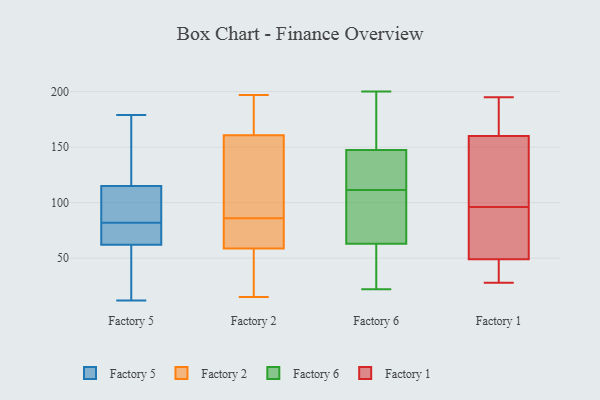
{"axis": {"x": "Production Output", "y": "Value"}, "legend": ["Factory 1", "Factory 2", "Factory 5", "Factory 6"], "data": [{"x": "", "y": 110, "type": "Factory 5"}, {"x": "", "y": 12, "type": "Factory 5"}, {"x": "", "y": 115, "type": "Factory 5"}, {"x": "", "y": 62, "type": "Factory 5"}, {"x": "", "y": 13, "type": "Factory 5"}, {"x": "", "y": 75, "type": "Factory 5"}, {"x": "", "y": 70, "type": "Factory 5"}, {"x": "", "y": 143, "type": "Factory 5"}, {"x": "", "y": 89, "type": "Factory 5"}, {"x": "", "y": 179, "type": "Factory 5"}, {"x": "", "y": 55, "type": "Factory 2"}, {"x": "", "y": 160, "type": "Factory 2"}, {"x": "", "y": 196, "type": "Factory 2"}, {"x": "", "y": 182, "type": "Factory 2"}, {"x": "", "y": 116, "type": "Factory 2"}, {"x": "", "y": 22, "type": "Factory 2"}, {"x": "", "y": 15, "type": "Factory 2"}, {"x": "", "y": 86, "type": "Factory 2"}, {"x": "", "y": 16, "type": "Factory 2"}, {"x": "", "y": 170, "type": "Factory 2"}, {"x": "", "y": 81, "type": "Factory 2"}, {"x": "", "y": 125, "type": "Factory 2"}, {"x": "", "y": 70, "type": "Factory 2"}, {"x": "", "y": 85, "type": "Factory 2"}, {"x": "", "y": 86, "type": "Factory 2"}, {"x": "", "y": 157, "type": "Factory 2"}, {"x": "", "y": 161, "type": "Factory 2"}, {"x": "", "y": 30, "type": "Factory 2"}, {"x": "", "y": 197, "type": "Factory 2"}, {"x": "", "y": 147, "type": "Factory 6"}, {"x": "", "y": 22, "type": "Factory 6"}, {"x": "", "y": 135, "type": "Factory 6"}, {"x": "", "y": 31, "type": "Factory 6"}, {"x": "", "y": 148, "type": "Factory 6"}, {"x": "", "y": 200, "type": "Factory 6"}, {"x": "", "y": 151, "type": "Factory 6"}, {"x": "", "y": 66, "type": "Factory 6"}, {"x": "", "y": 129, "type": "Factory 6"}, {"x": "", "y": 60, "type": "Factory 6"}, {"x": "", "y": 68, "type": "Factory 6"}, {"x": "", "y": 94, "type": "Factory 6"}, {"x": "", "y": 58, "type": "Factory 1"}, {"x": "", "y": 195, "type": "Factory 1"}, {"x": "", "y": 171, "type": "Factory 1"}, {"x": "", "y": 140, "type": "Factory 1"}, {"x": "", "y": 124, "type": "Factory 1"}, {"x": "", "y": 36, "type": "Factory 1"}, {"x": "", "y": 89, "type": "Factory 1"}, {"x": "", "y": 160, "type": "Factory 1"}, {"x": "", "y": 28, "type": "Factory 1"}, {"x": "", "y": 49, "type": "Factory 1"}, {"x": "", "y": 103, "type": "Factory 1"}, {"x": "", "y": 64, "type": "Factory 1"}, {"x": "", "y": 32, "type": "Factory 1"}, {"x": "", "y": 186, "type": "Factory 1"}]}